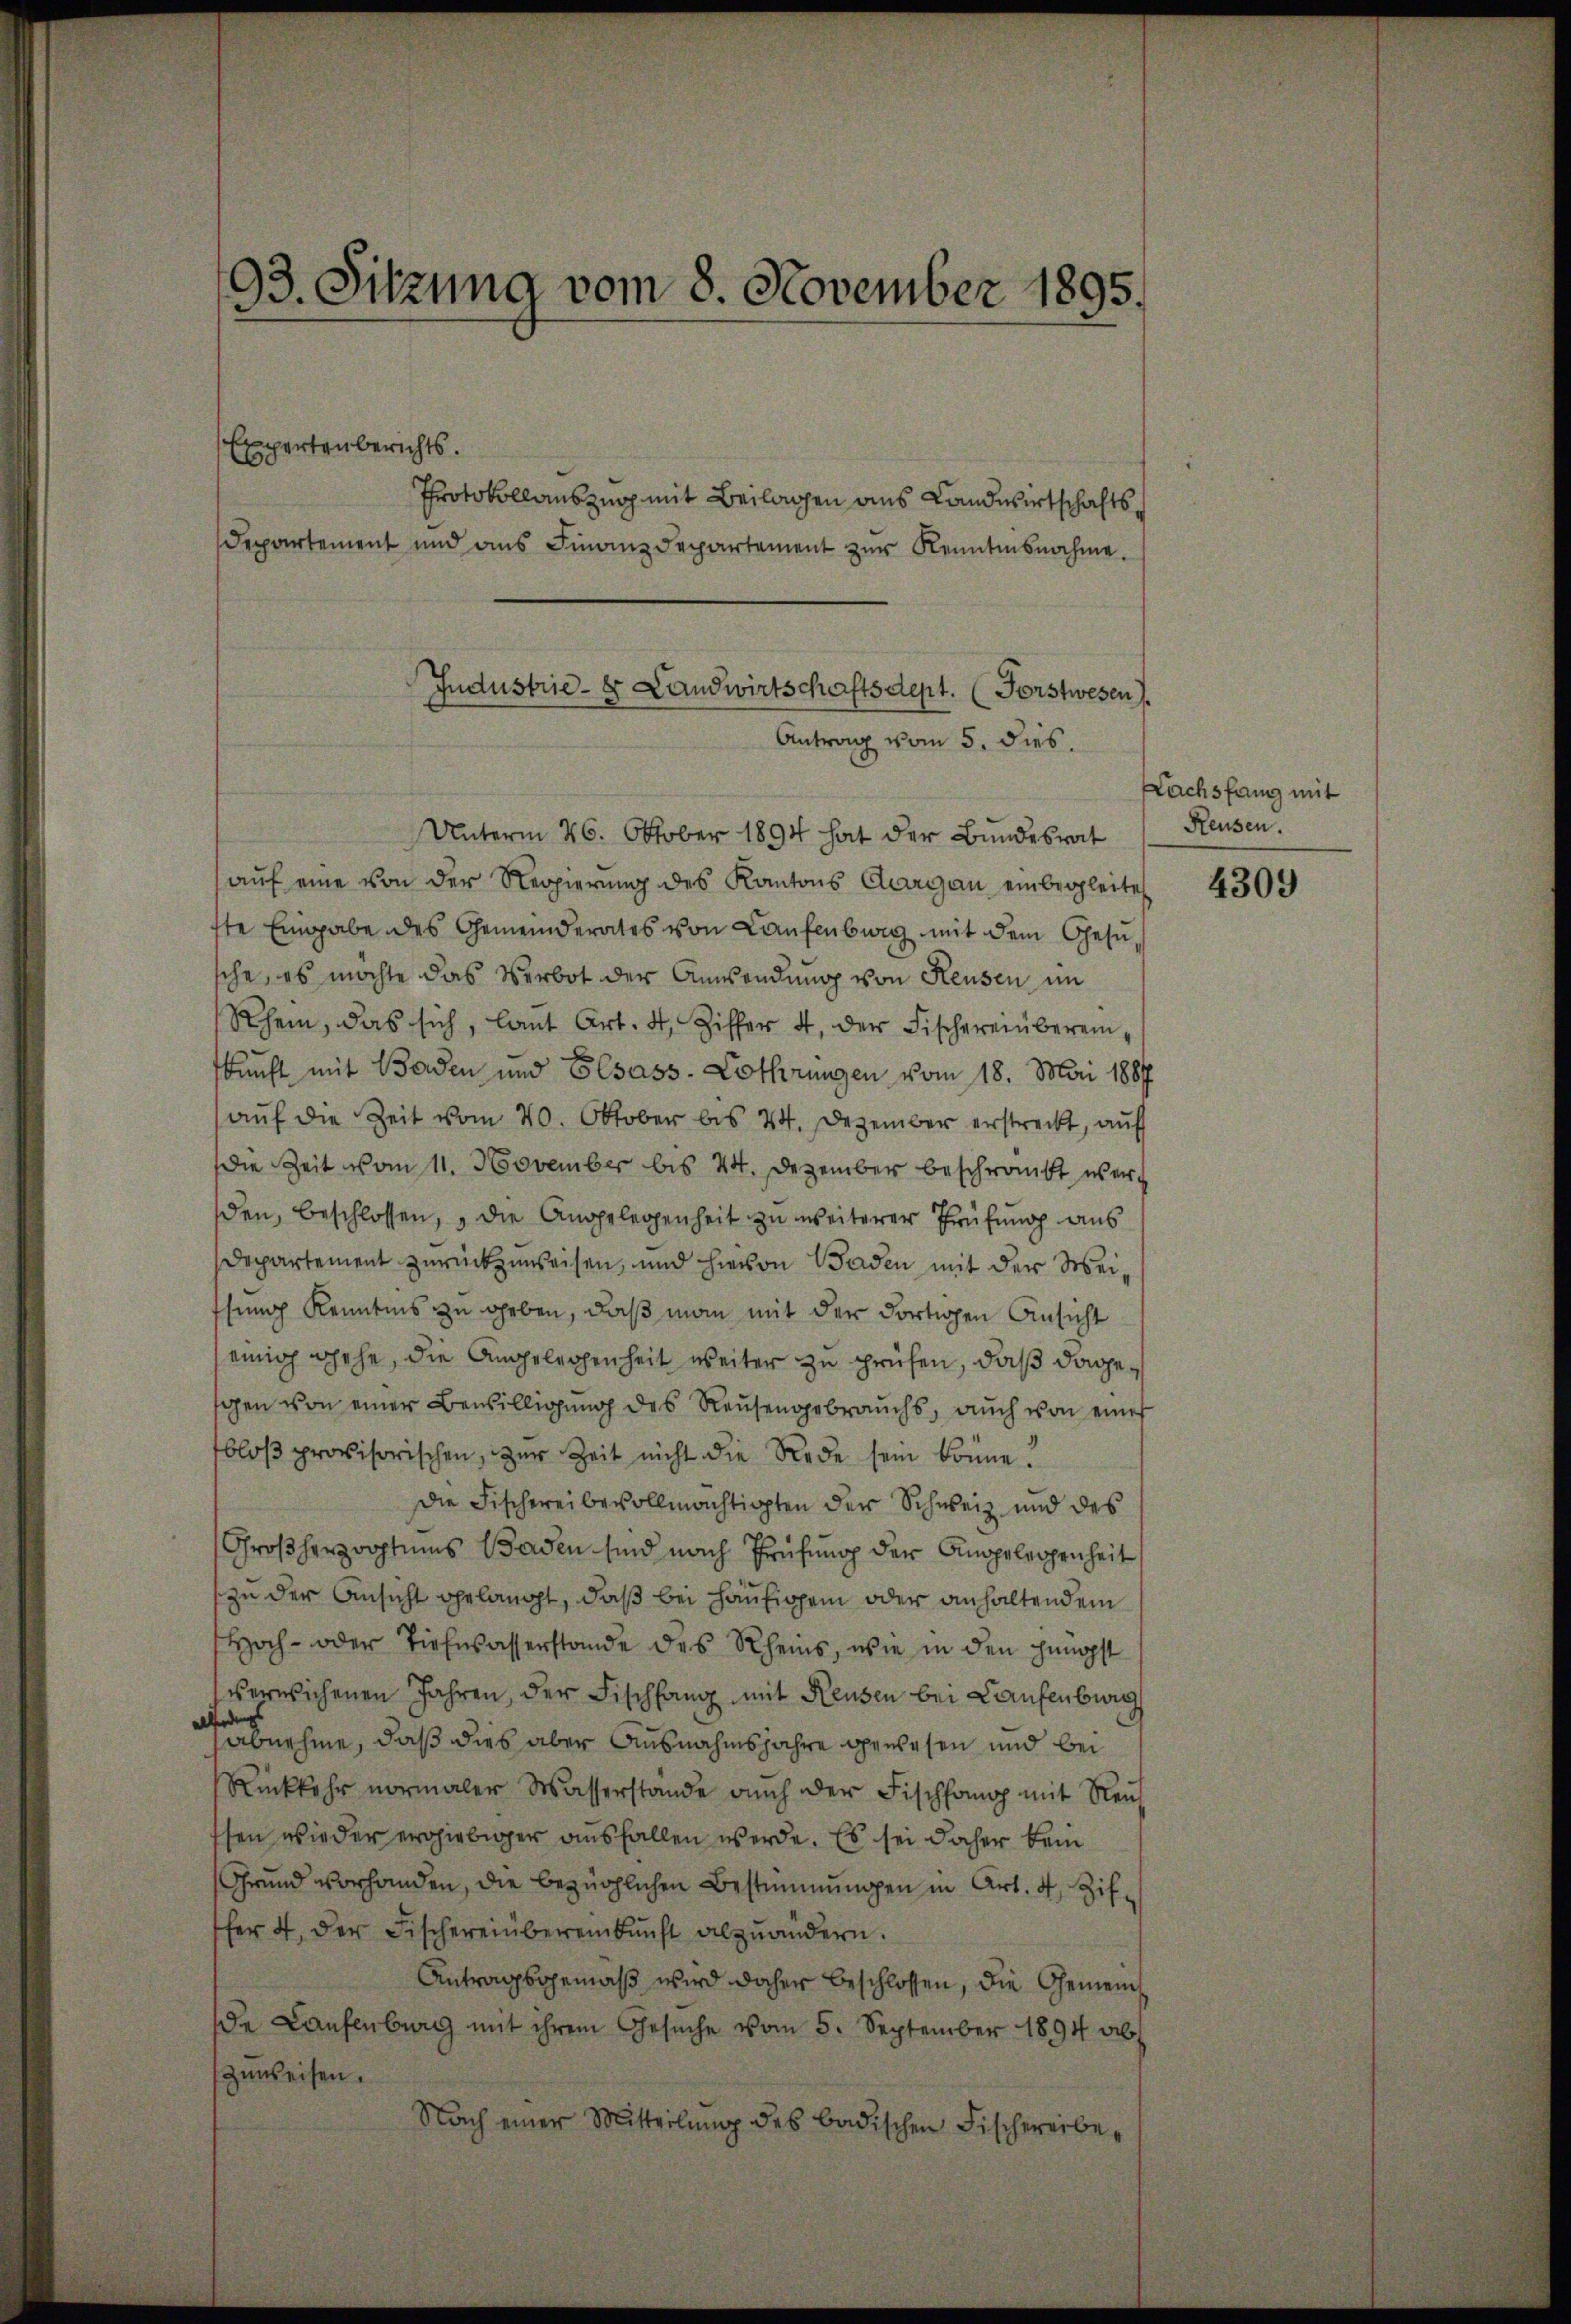
93. Sitzung vom 8. November 1895.
Expertenberichts.
Protokollauszug mit Beilagen aus Landwirtschafts¬
Departement und ans Finanzdepartement zŭr Kenntnisnahme.

Jndustrie- & Landwirtschaftsdept. (Forstwesen.
Antrag vom 5. dies.

Unterm 26. Oktober 1894 hat der Bundesrat
aŭf eine von der Regierŭng des Kantons Aargau einbegleite
ste Eingabe des Gemeinderates von Laufenburg mit dem Gesusche, es möchte das Verbot der Anwendung von Reusen im
Rhein, das sich, laŭt Art. 4, Ziffer 4, der Fischereinberein
kunft mit Baden und Elsass-Lothrungen vom 18. Mai 1887
auf die Zeit vom 20. Oktober bis 24. Dezember erstreckt, auf
Die Zeit vom 11. November bis 44. Dezember beschränkt wer
den, beschlossen, die Angelegenheit zu weiterer Prüfung aus
Departement zurückzuweisen, und hievon Baden mit der Weisung Kenntnis zu geben, daß man mit der dortigen Ansicht
einig gehe, die Angelegenheit weiter zu prüfen, daß dageschen von einer Bewilligung des Reusengebrauchs, auch von einer
bloβ provisorischen, zur Zeit nicht die Rede sein könne.
Die Fischereibevollmächtigten der Schweiz und des
Großherzogtums Baden sind nach Prüfung der Angelegenheit
zu der Ansicht gelangt, daß bei häufigen oder anhaltendem
Hoch- oder Tiehwasserstande des Rheins, wie in den hingpft
verwichenen Jahren, der Fischfang mit Reusen bei Laufenburg
 abnehme, daß dies aber Ausnahmsjahre gewesen und bei
Rückkehr vormaler Wasserstande auch der Fischhamop mit Neŭ
ssen wieder ergiebiger ausfallen werde. Es sei daher kein
Grund vorhanden, die bezüglichen Bestimmungen in Art. 4, Ziffer 4. der Fischereinbereinkunft abzuändern.
Antragsgemäß wird daher beschlossen, die Gemeinde Laufenburg mit ihrem Gesŭche vom 5. September 1894 ab
zuweisen.
Nach einer Mitteilung des badischen Fischereibe¬

Lachsfang mit
Reusen.

4309